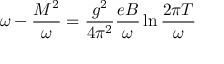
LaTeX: \omega - { \frac { M ^ { 2 } } { \omega } } = { \frac { g ^ { 2 } } { 4 \pi ^ { 2 } } } { \frac { e B } { \omega } } \ln { \frac { 2 \pi T } { \omega } }